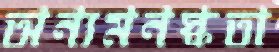
অন্যমনস্কতা